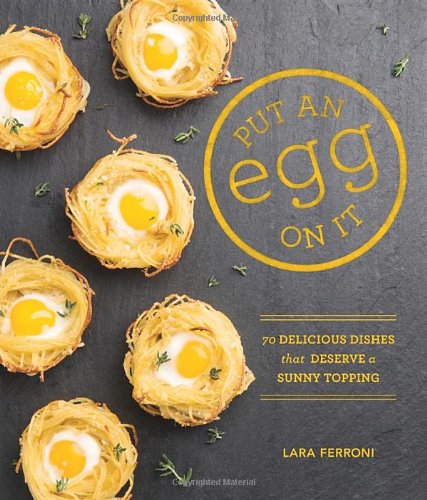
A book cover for Put an Egg on It: 70 Delicious Dishes That Deserve a Sunny Topping; Lara Ferroni; Cookbooks, Food & Wine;